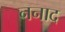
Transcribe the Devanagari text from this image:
ननाद